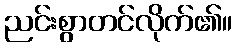
ညင်းစွာတင်လိုက်၏။